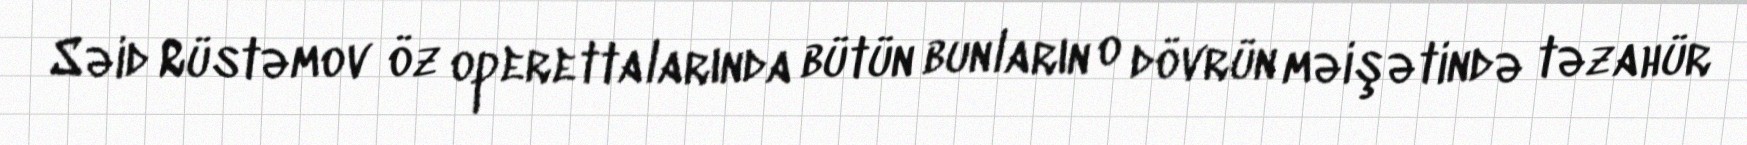
Səid Rüstəmov öz operettalarında bütün bunların o dövrün məişətində təzahür